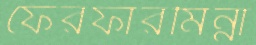
ফেরফারমিন্না